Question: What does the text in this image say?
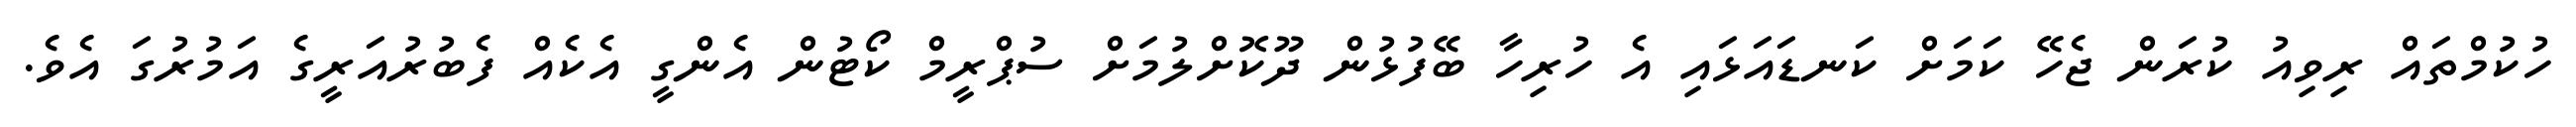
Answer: ހުކުމްތައް ރިވިއު ކުރަން ޖެހޭ ކަމަށް ކަނޑައަޅައި އެ ހުރިހާ ބޭފުޅުން ދޫކޮށްލުމަށް ސުޕްރީމް ކޯޓުން އެންގީ އެކެއް ފެބުރުއަރީގެ އަމުރުގަ އެވެ.